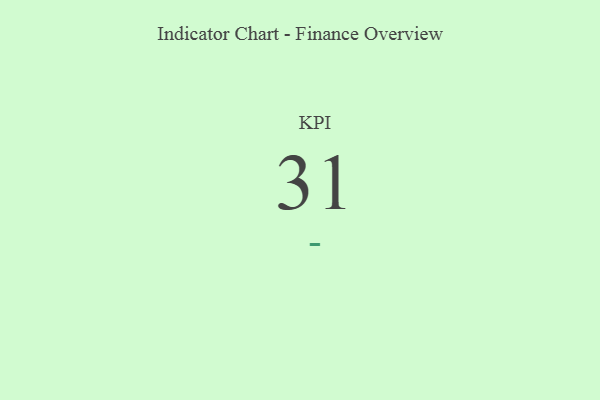
{"axis": {"x": "KPI", "y": "Value"}, "legend": [""], "data": [{"x": "KPI", "y": 31, "type": ""}]}